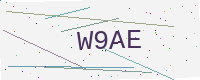
Text: W9AE